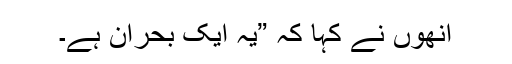
انھوں نے کہا کہ ”یہ ایک بحران ہے۔